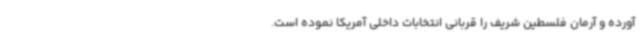
آورده و آرمان فلسطین شریف را قربانی انتخابات داخلی آمریکا نموده است.